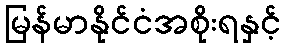
မြန်မာနိုင်ငံအစိုးရနှင့်